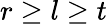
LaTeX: r\geq l\geq t